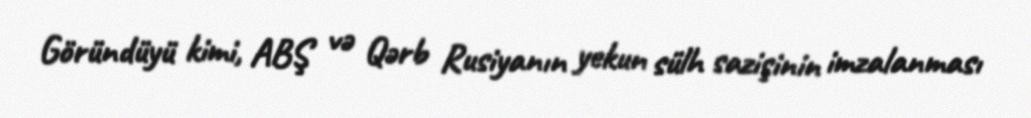
Göründüyü kimi, ABŞ və Qərb Rusiyanın yekun sülh sazişinin imzalanması